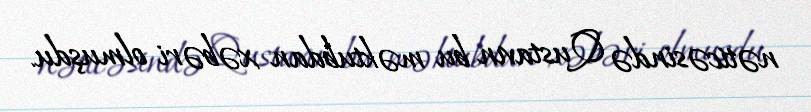
nəticəsində Qustavın bu məktubdan xəbəri olmuşdu.